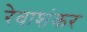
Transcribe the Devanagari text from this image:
रेवाशंकर